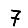
Digit: 7